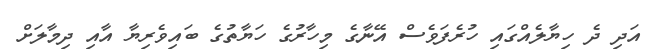
އަދި ދެ ހިޔާލެއްގައި ހުރެފަވެސް އޭނާގެ މިހާރުގެ ހަޔާތުގެ ބައިވެރިޔާ އާއި ދިމާލަށް